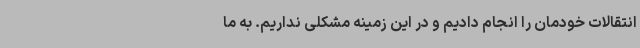
انتقالات خودمان را انجام دادیم و در این زمینه مشکلی نداریم. به ما